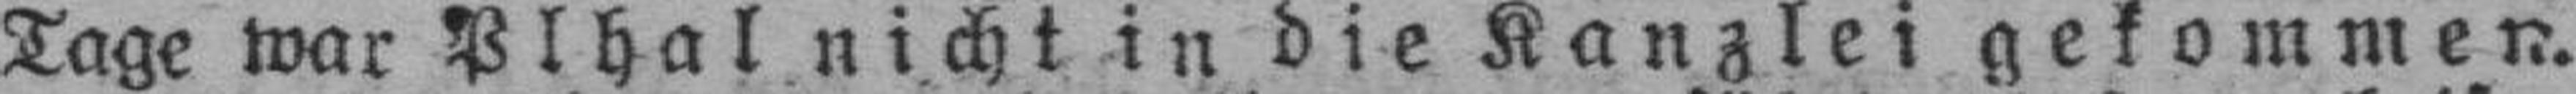
Tage war Plhal nicht in die Kanzlei gekommen.